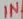
Text: IN